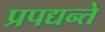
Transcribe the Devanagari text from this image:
प्रपद्यन्ते